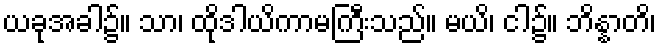
ယခုအခါ၌။ သာ၊ ထိုဒါယိကာမကြီးသည်။ မယိ၊ ငါ၌။ ဘိန္နာတိ၊